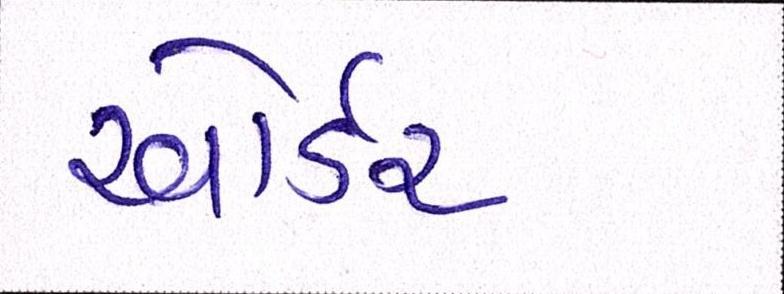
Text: ઓર્ડર